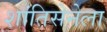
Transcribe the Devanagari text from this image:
शांतिसेनेला